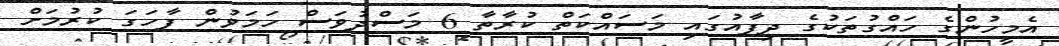
އެމީހުންގެ ހައްގުތަކުގެ ދިފާއުގައި މަސައްކަތް ކުރާތާ 6 މަސްދުވަސް ހަމަވުން ފާހަގަ ކުރުމަށް